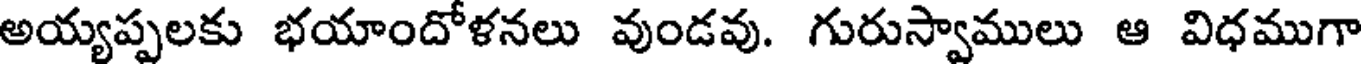
అయ్యప్పలకు భయాందోళనలు వుండవు. గురుస్వాములు ఆ విధముగా